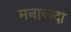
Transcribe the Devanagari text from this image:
मनाकदा